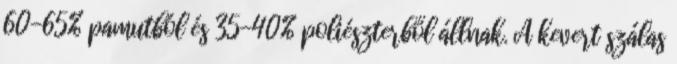
60-65% pamutból és 35-40% poliészterből állnak. A kevert szálas